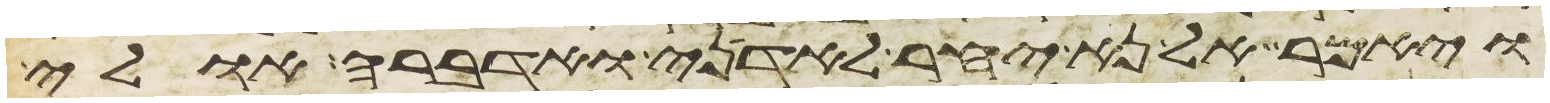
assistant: ויאמר אל נא יחר לאדני ואדברה אולי